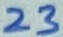
Text: 23